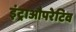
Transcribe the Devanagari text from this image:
इंट्राऔपरेटिव